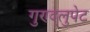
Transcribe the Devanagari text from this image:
गुण्द्लुपेट